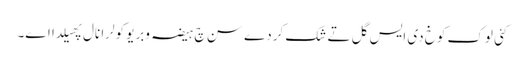
کئی لوک کوخ دی ایس گل تے شک کردے سن چ ہیضہ وبریو کولرا نال پھیلدا اے۔